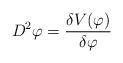
LaTeX: \begin{align*}D^2\varphi =\frac{\delta V(\varphi )}{\delta \varphi } \end{align*}